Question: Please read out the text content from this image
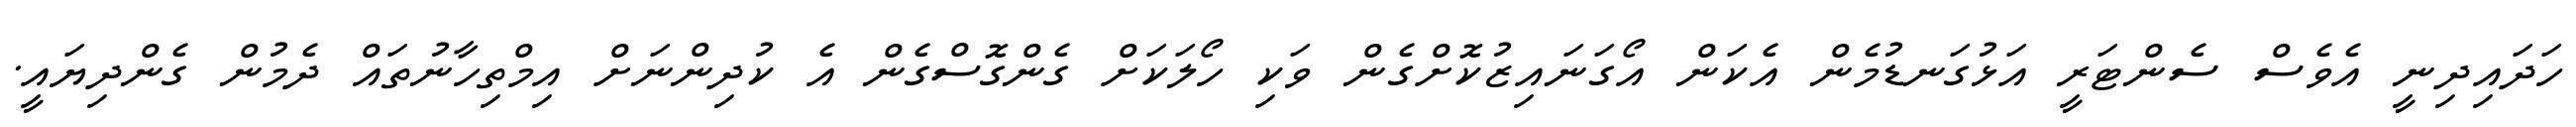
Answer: ހަދައިދިނީ އެވެސް ސެންޓަރީ އަޅުގަނޑުމެން އެކަން އޯގަނައިޒުކޮށްގެން ވަކި ހޯލަކަށް ގެންގޮސްގެން އެ ކުދިންނަށް އިމްތިހާނުތައް ދެމުން ގެންދިޔައީ.